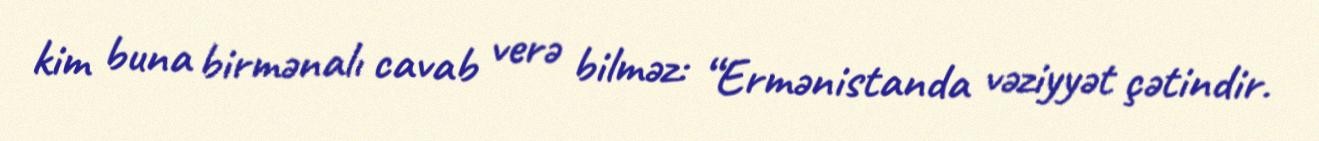
kim buna birmənalı cavab verə bilməz: “Ermənistanda vəziyyət çətindir.